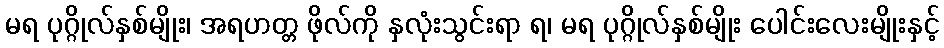
မရ ပုဂ္ဂိုလ်နှစ်မျိုး၊ အရဟတ္တ ဖိုလ်ကို နှလုံးသွင်းရာ ရ၊ မရ ပုဂ္ဂိုလ်နှစ်မျိုး ပေါင်းလေးမျိုးနှင့်